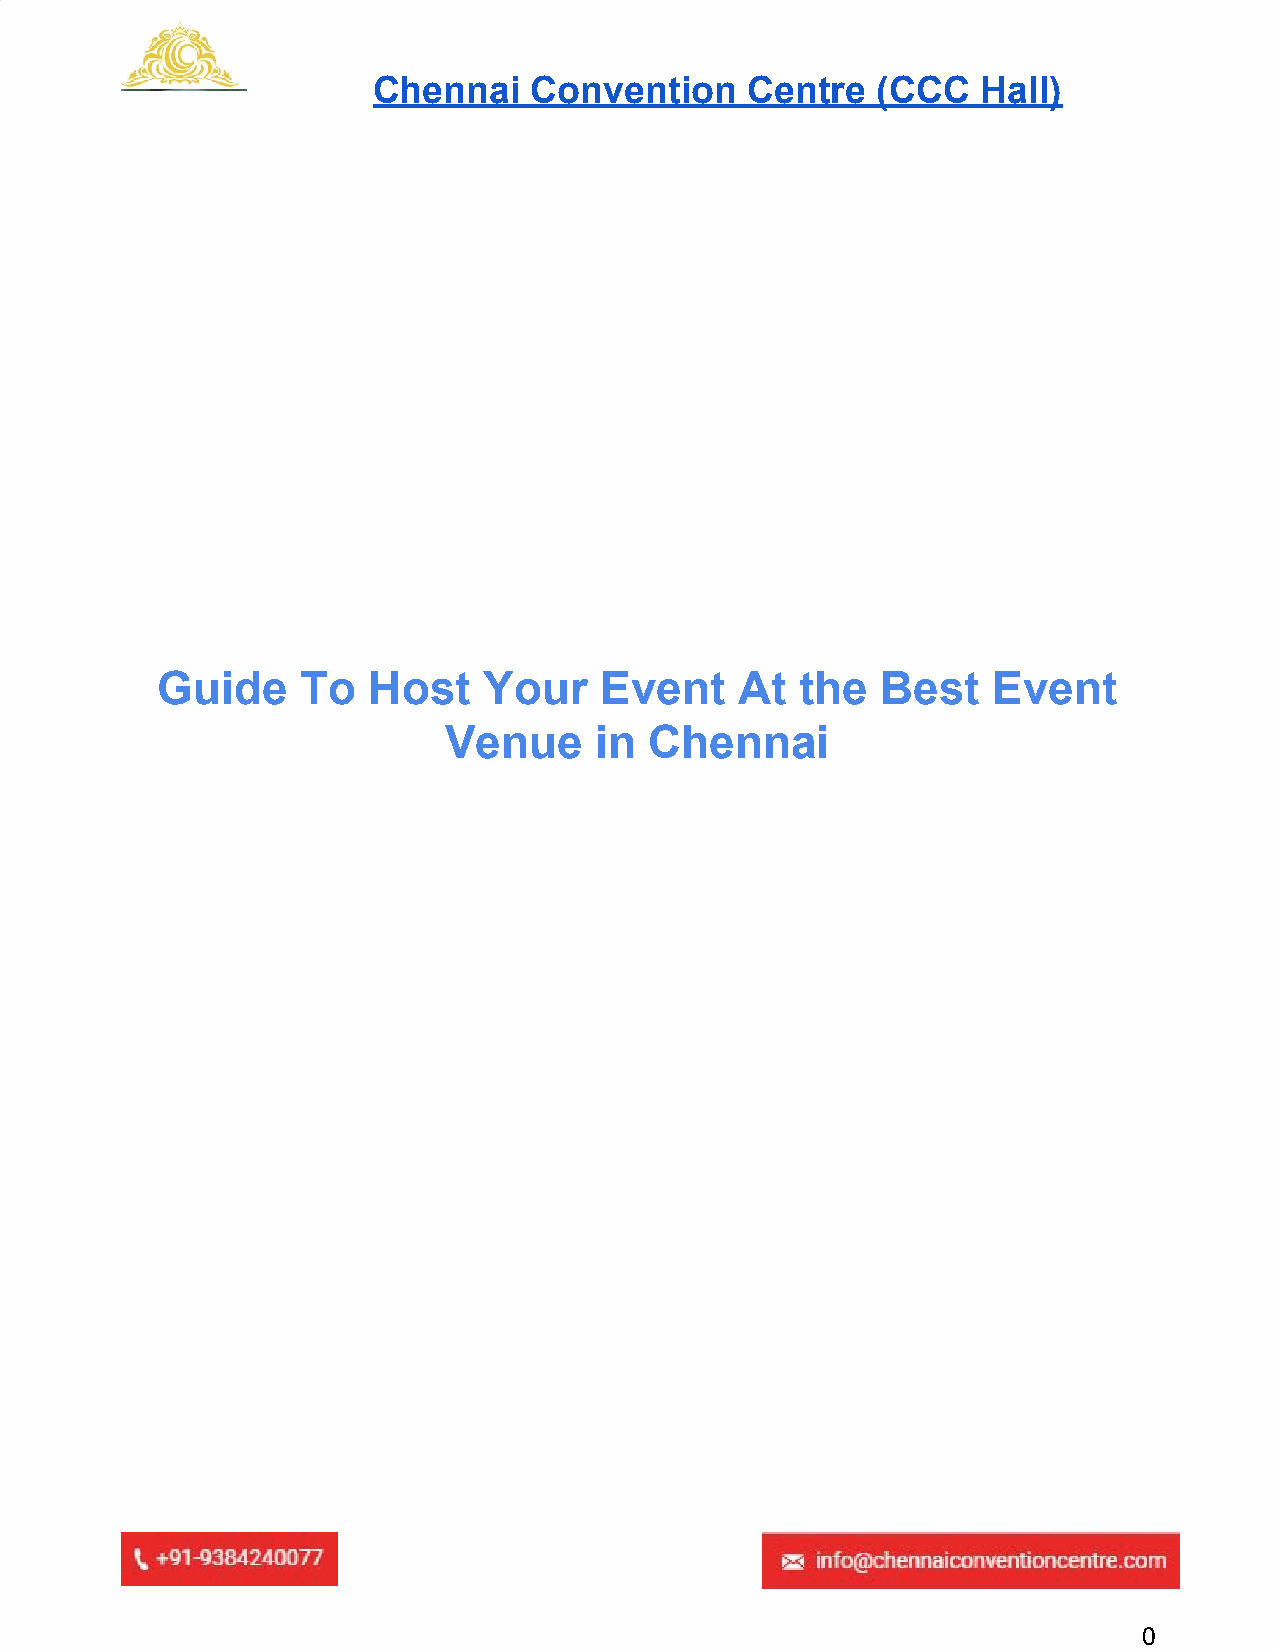
Chennai   Convention    Centre   (CCC   Hall)
 ​
 Guide     To  Host    Your    Event    At  the  Best    Event
 Venue     in  Chennai
 0